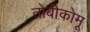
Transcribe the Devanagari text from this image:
तोबीकोमू